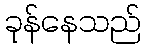
ခုန်နေသည်